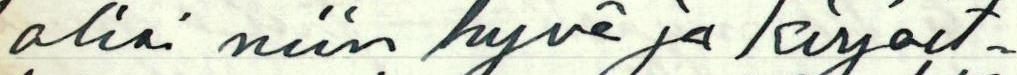
olisi niin hyvä ja kirjoit-